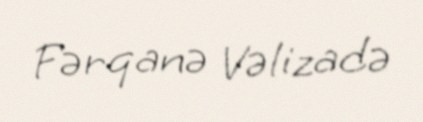
Fərqanə Vəlizadə